Papers set at the Examination for Leaving Certificates, 1895
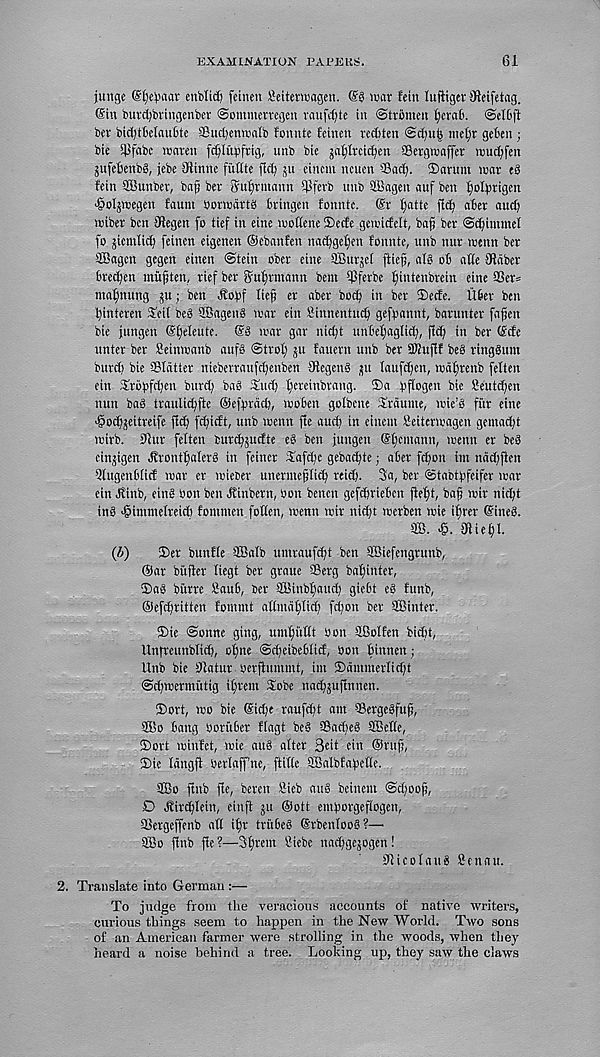
EXAMINATION PAPERS.
61
junge ©^e^aar enbM) fcincn Seitenuagen.
war lein luftiger SHeifetag.
(Sin burcfjbringcnbev ©ontmerregen vaufd)te in ©trbmcn i)era6. ©clbfi
bcr bic^tbetaubte ffiactjenwaib fcnnte feinen recfcten
mcl^r gcben;
bie i^fabc waren f^litbfrig, unb bic ja^trcidjen ©ergwaffer wudjfen
jufefccnbg, jebe 9iinne fixtttc fic^ ju eincm ncucn ©ad). ®arum war eS
fein SEBunber, bag ber Sugrmann ©ferb unb ffiagen auf ben ^olbrigen
'§oIjwegen faum borwdrtb 6ringen fonntc. @r gatte fid) aBer and)
wiber ben Sflegen fo tief in eine wottene Secfe gew’icfelt, bag ber ©dgimmel
fo jiemlieg feinen eigenen ©ebanfen nad)gef)en fonnte, unb nur wenn ber
SBagcn gegen einen ©tein ober eine SBurjel ftieg, aig oB atie SRdber
6red)en mugten, rief ber Sufjrmann bem ©ferbe fgutenbrein eine a3er=
maiming ju; ben dtobf lieg er aber bod) in bcr ®ecfe. UBer ben
tguteren SEeit beS SBageng war eiu Binnentucg gefpannt, barunter fagen
bie jungen ©geleute. @g war gar niegt unbetfaglid),
in ber (Scfc
unter ber Beinwanb aufg ©trot) ju fauern unb ber SKuflf beb ringgum
burd) bie ©latter nieberraufegenben 9tegenS ju Iaufd)en, wdfirenb fetten
ein Sropfcgen burd) baS Slid) tiereinbrang. ®a Bftogen bie Seutd)en
nun bag traulicgfte ©efbrdd), woBen golbcne Srdume, wie’g fur eine
•§od)jeitreife fid) fegieft, unb wenn fte aud) in einem Beiterw'agen gemad)t
wirb. 9lur felten burcgsudte eg ben jungen (Sljcmann, wenn er beg
cinjigen ^rontgalerg in feincr iEafdjc gebaigte; aber fd)on im nddjften
QtugenBtie! war er wieter unernteglidj reid). 3a, ber ©tabtgfeifer war
ein Jtiub, eing bon ben Jtinbern, bon benen gefcgrieBcn ftegt, bag wir niegt
ing ^intntelreidt fommen gotten, wenn wir nidjt werben wie igrer (Sineg.
©. >§. fJliegl.
(i)
®er bunfte ©Batb umraufcgt ben SBiefengrunb,
©ar biifter tiegt ber graue ©erg baginter,
®ag biirre BauB, ber Sffiinbgaud) gieBt eg funb,
©efdjritten fommt atimdgtid) fdjon ber SBinter.
®ie ©onne ging, umguttt bon SBotten bidjt,
Unfreunbtid), ogne @d)eibe6Iic!, bon ginnen;
Unb bie Dtatur berfiunimt, im ®dmmertid)t
©cgwermittig igrent iiobe nadgjujlnnen.
®ort, wo bie (Siege raufegt am ©ergegfug,
©So Bang boruBer flagt beg ©aegeg ©Sette,
®ort winfet, wie aug alter Qdt ein ©rug,
Die Idngfl bertaffne, flitte ©Satbtagette.
©So flub ge, beren Bieb aug beiuem @d)oog,
D dtiregtein, einft ju ©ott emgorgeftogen,
©ergeffenb att igr triiBeg (Srbentoog?—•
©So gnb fte?—3grem Biebe naeggejogen!
©icotaug Be nan.
2. Translate into German :—
To judge from the veracious accounts of native writers,
curious things seem to happen in the New World. Two sons
of an American farmer were strolling in the woods, when they
heard a noise behind a tree. Looking up, they saw the claws